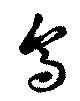
烏